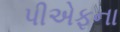
પીએફના